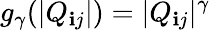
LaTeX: g_{\gamma}(|Q_{\mathbf{i}j}|)=|Q_{\mathbf{i}j}|^{\gamma}